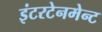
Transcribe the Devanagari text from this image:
इंटरटेनमेन्ट